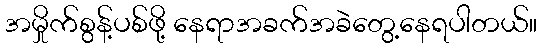
အမှိုက်စွန့်ပစ်ဖို့ နေရာအခက်အခဲတွေ့နေရပါတယ်။